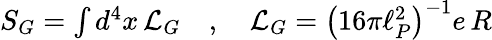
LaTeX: \begin{array}{r}{S_{G}=\int d^{4}x\, \mathcal{L}_{G}\quad,\quad\mathcal{L}_{G}=\left(16\pi\ell_{P}^{2}\right)^{-1}e\, R}\end{array}